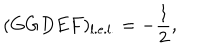
LaTeX: ( G G D E F ) _ { \mathrm { l . e . l . } } = - \frac { 1 } { 2 } ,